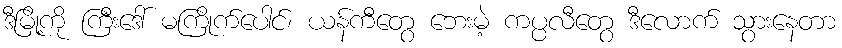
ဒီမြို့ကို ကြီးဒေါ် မကြိုက်ပေါင်၊ ယန်ကီတွေ ဘေးမဲ့ ကပ္ပလီတွေ ဒီလောက် သွားနေတာ